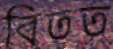
বিতত